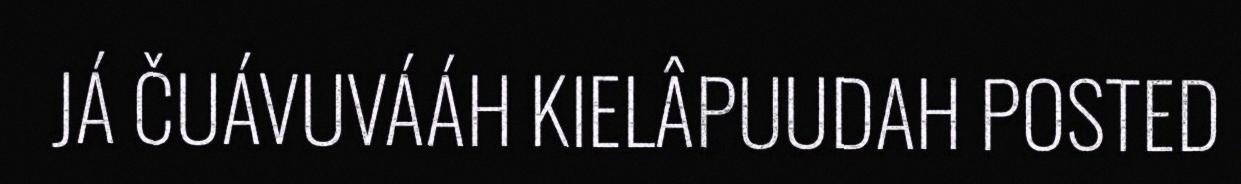
JÁ ČUÁVUVÁÁH KIELÂPUUDAH POSTED